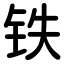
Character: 铁